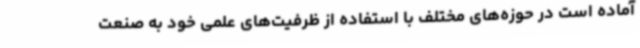
آماده است در حوزه‌های مختلف با استفاده از ظرفیت‌های علمی خود به صنعت